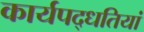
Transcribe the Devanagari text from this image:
कार्यपद्धतियां